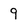
Character: 9